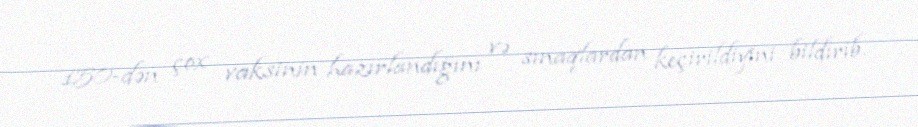
150-dən çox vaksinin hazırlandığını və sınaqlardan keçirildiyini bildirib.